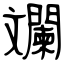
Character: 斕